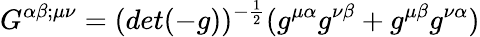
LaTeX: G^{\alpha\beta;\mu\nu}=(det(-g))^{-\frac{1}{2}}(g^{\mu\alpha}g^{\nu\beta}+g^{\mu\beta}g^{\nu\alpha})